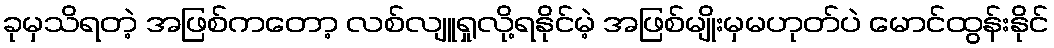
ခုမှသိရတဲ့ အဖြစ်ကတော့ လစ်လျူရှုလို့ရနိုင်မဲ့ အဖြစ်မျိုးမှမဟုတ်ပဲ မောင်ထွန်းနိုင်